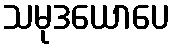
သမုဒယောပေ